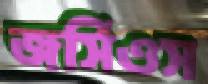
জর্সিওস